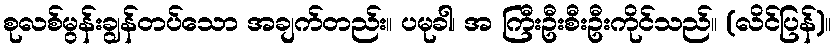
စုလစ်မွန်းချွန်တပ်သော အချက်တည်း။ ပမုခါ၊ အ ကြီးဦးစီးဦးကိုင်သည်။ (လိင်ပြန်)။